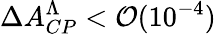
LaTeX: \Delta A_{CP}^{\Lambda}<\mathcal{O}(10^{-4})